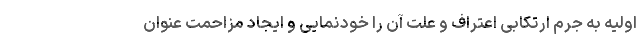
اولیه به جرم ارتکابی اعتراف و علت آن را خودنمایی و ایجاد مزاحمت عنوان